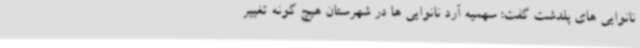
نانوایی های پلدشت گفت: سهمیه آرد نانوایی ها در شهرستان هیچ گونه تغییر